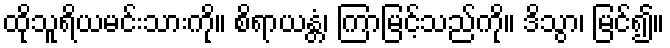
ထိုသူရိယမင်းသားကို။ စိရာယန္တံ၊ ကြာမြင့်သည်ကို။ ဒိသွာ၊ မြင်၍။